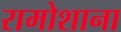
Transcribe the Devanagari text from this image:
रामोशाना